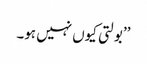
’’بولتی کیوں نہیں ہو۔